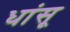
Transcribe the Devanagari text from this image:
धांसू